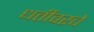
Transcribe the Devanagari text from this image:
धर्तीवरचे